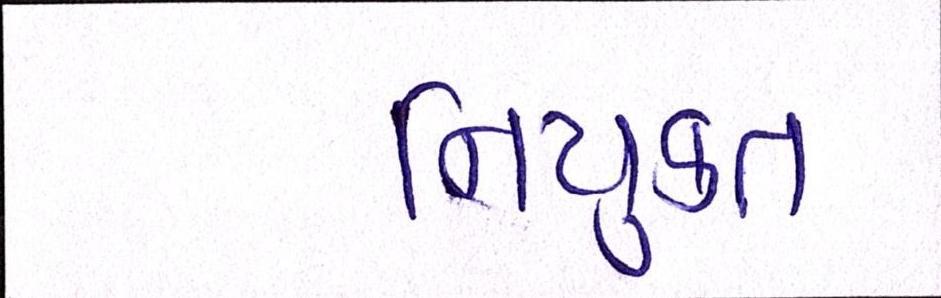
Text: નિયુકત